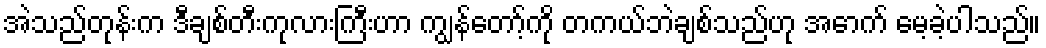
အဲသည်တုန်းက ဒီချစ်တီးကုလားကြီးဟာ ကျွန်တော့်ကို တကယ်ဘဲချစ်သည်ဟု အောက် မေ့ခဲ့ပါသည်။